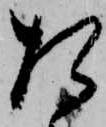
た